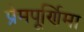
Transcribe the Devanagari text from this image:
प्रेमपूर्णिमा